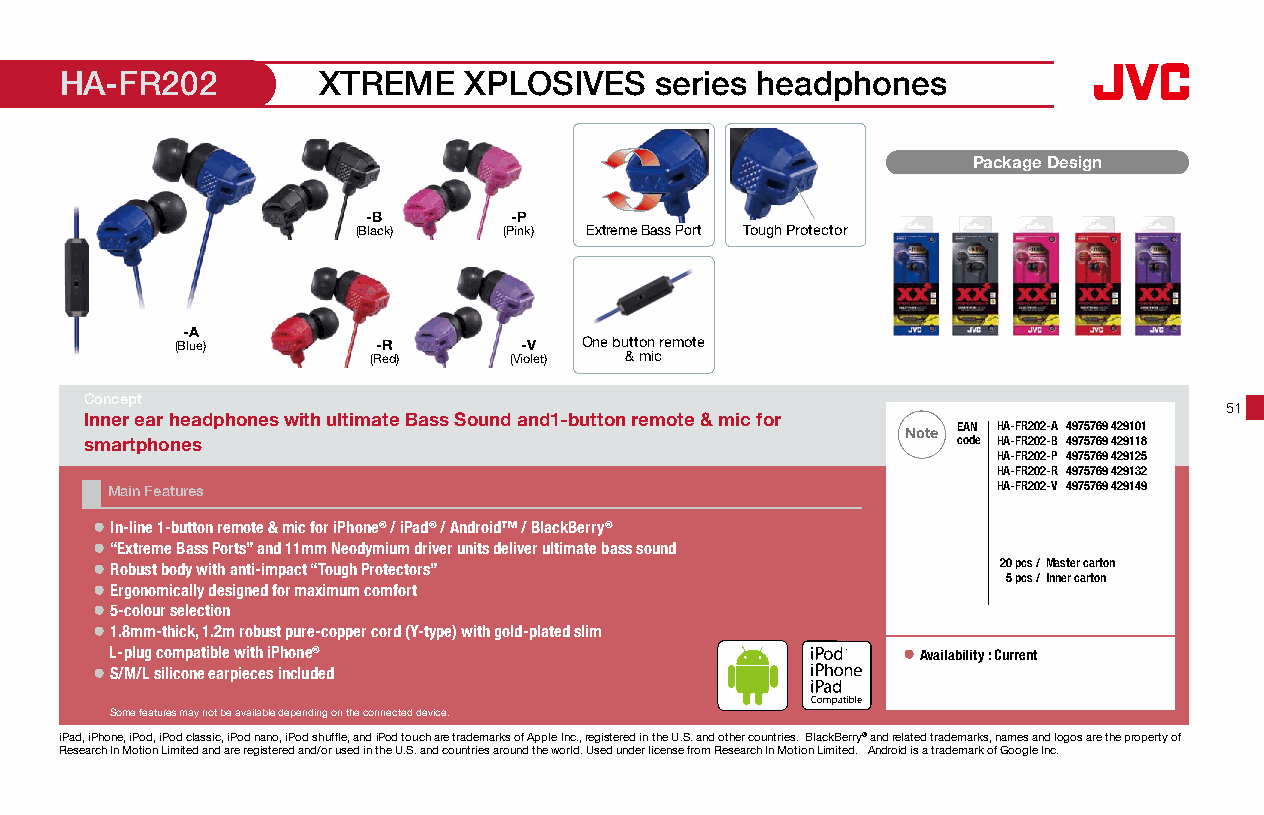
HA-FR202         XTREME    XPLOSIVES   series headphones
 Package Design
 -B        -P
 (Black)  (Pink) Extreme Bass Port Tough Protector
 -A
 (Blue)       -R       -V   One button remote
 (Red)     (Violet) & mic
 Concept
 51
 Inner ear headphones with ultimate Bass Sound and1-button remote & mic for
 Note EAN HA-FR202-A 4975769 429101
 smartphones                                              code HA-FR202-B 4975769 429118
 HA-FR202-P 4975769 429125
 HA-FR202-R 4975769 429132
 Main Features                                              HA-FR202-V 4975769 429149
 ● In-line 1-button remote & mic for iPhone® / iPad® / Android™ / BlackBerry®
 ● “Extreme Bass Ports” and 11mm Neodymium driver units deliver ultimate bass sound
 ● Robust body with anti-impact “Tough Protectors”           20 pcs /Master carton
 5 pcs /Inner carton
 ● Ergonomically designed for maximum comfort
 ● 5-colour selection
 ● 1.8mm-thick, 1.2m robust pure-copper cord (Y-type) with gold-plated slim
 L-plug compatible with iPhone®                       ● Availability : Current
 ● S/M/L silicone earpieces included                            16 x 16mm
 Some features may not be available depending on the connected device.
 iPad, iPhone, iPod, iPod classic, iPod nano, iPod shuffle, and iPod touch are trademarks of Apple Inc., registered in the U.S. and other countries. BlackBerry® and related trademarks, names and logos are the property of
 Research In Motion Limited and are registered and/or used in the U.S. and countries around the world. Used under license from Research In Motion Limited. Android is a trademark of Google Inc.